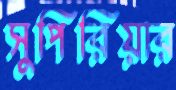
সুপিরিয়ার